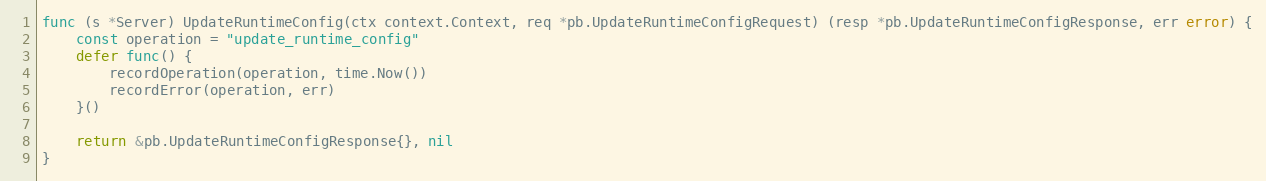
Language: Go
func (s *Server) UpdateRuntimeConfig(ctx context.Context, req *pb.UpdateRuntimeConfigRequest) (resp *pb.UpdateRuntimeConfigResponse, err error) {
	const operation = "update_runtime_config"
	defer func() {
		recordOperation(operation, time.Now())
		recordError(operation, err)
	}()

	return &pb.UpdateRuntimeConfigResponse{}, nil
}